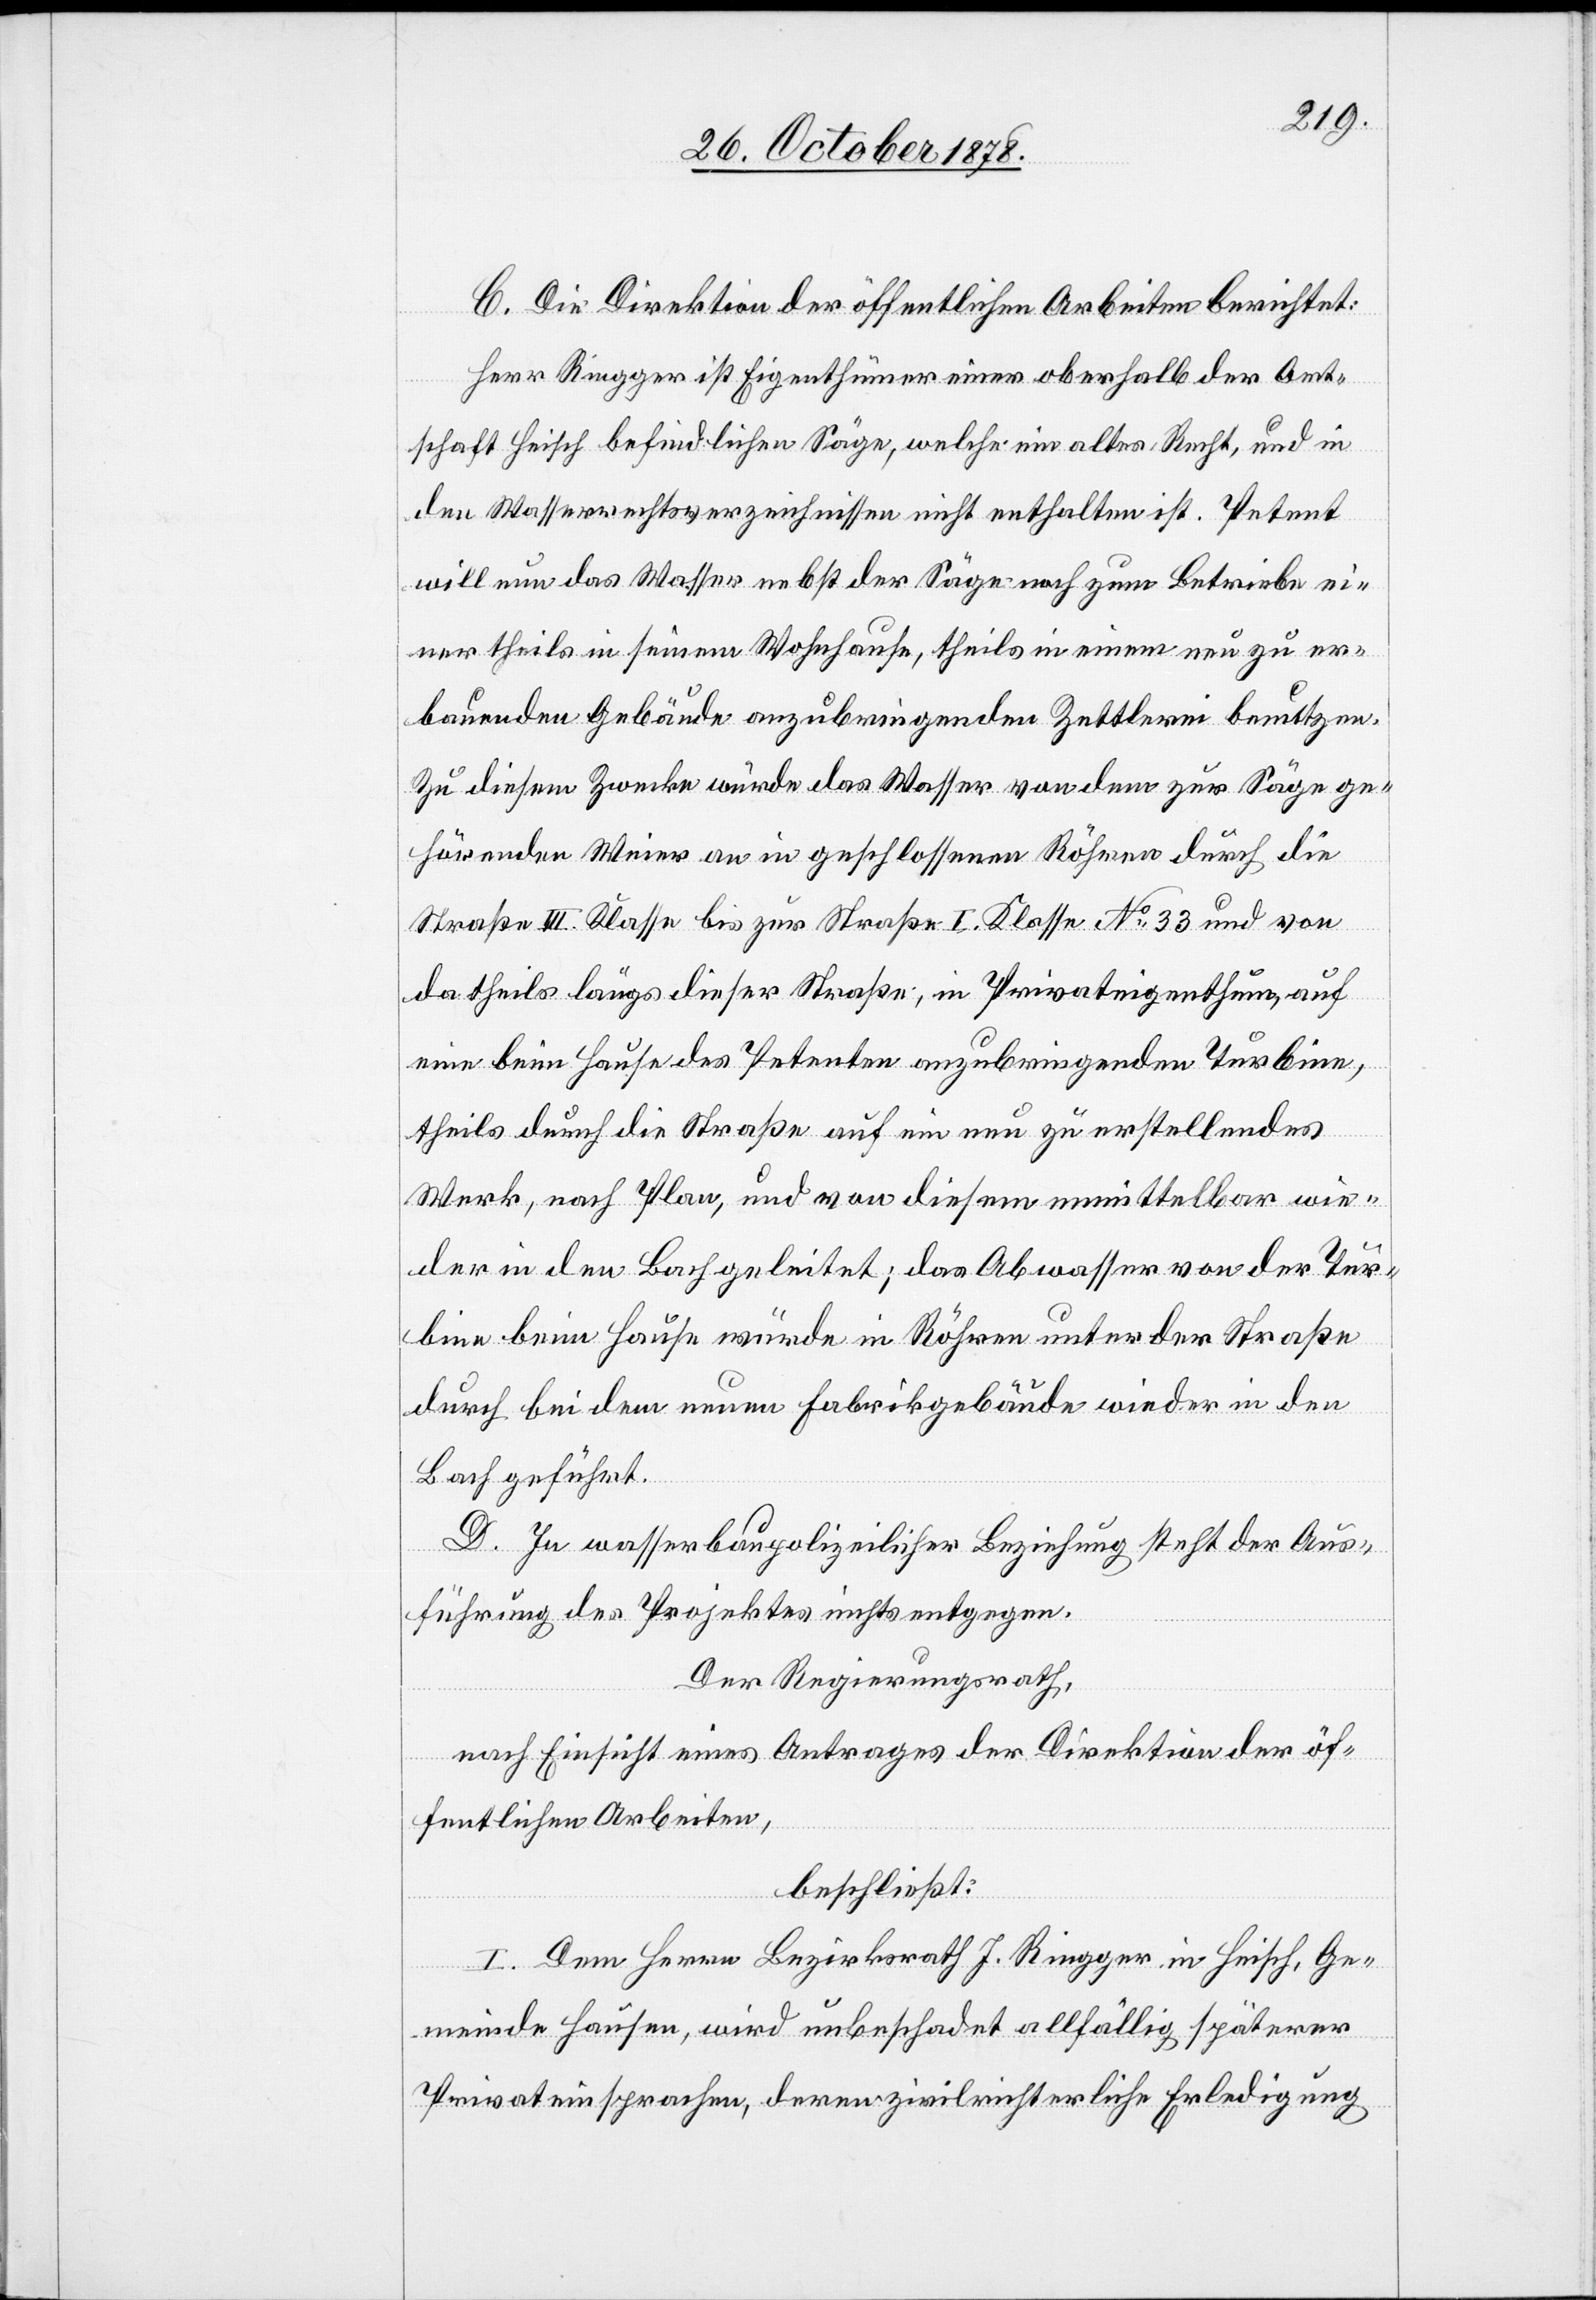
C. Die Direktion der öffentlichen Arbeiten berichtet:
Herr Ringger ist Eigenthümer einer oberhalb der Ort¬
schaft Heisch befindlichen Säge, welche ein altes Recht, und in
den Wasserrechtsverzeichnissen nicht enthalten ist. Petent
will nun das Wasser nebst der Säge noch zum Betriebe ei¬
ner theils in seinem Wohnhause, theils in einem neu zu er¬
bauenden Gebäude anzubringenden Zettlerei benutzen.
Zu diesem Zwecke würde das Wasser von dem zur Säge ge¬
hörenden Weier an in geschlossenen Röhren durch die
Straße III. Klasse bis zur Straße I. Klasse No 33 und von
da theils längs dieser Straße, in Privateigenthum auf
eine beim Hause des Petenten anzubringenden Turbine,
theils durch die Straße auf ein neu zu erstellendes
Werk, nach Plan, und von diesem mittelbar wie¬
der in den Bach geleitet; das Abwasser von der Tur¬
bine beim Hause würde in Röhren unter der Straße
durch bei dem neuen Fabrikgebäude wieder in den
Bach geführt.
D. In wasserbaupolizeilicher Beziehung steht der Aus¬
führung des Projektes nichts entgegen.
Der Regierungsrath,
nach Einsicht eines Antrages der Direktion der öf¬
fentlichen Arbeiten,
beschließt:
I. Dem Herrn Bezirksrath J. Ringger in Heisch, Ge¬
meinde Hausen, wird unbeschadet allfällig späterer
Privateinsprachen, deren zivilrichterliche Erledigung